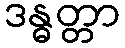
ဒန္ဓတ္တာ